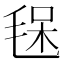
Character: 𣮃